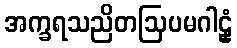
အက္ခရသညိတဩပမဂါဠှံ